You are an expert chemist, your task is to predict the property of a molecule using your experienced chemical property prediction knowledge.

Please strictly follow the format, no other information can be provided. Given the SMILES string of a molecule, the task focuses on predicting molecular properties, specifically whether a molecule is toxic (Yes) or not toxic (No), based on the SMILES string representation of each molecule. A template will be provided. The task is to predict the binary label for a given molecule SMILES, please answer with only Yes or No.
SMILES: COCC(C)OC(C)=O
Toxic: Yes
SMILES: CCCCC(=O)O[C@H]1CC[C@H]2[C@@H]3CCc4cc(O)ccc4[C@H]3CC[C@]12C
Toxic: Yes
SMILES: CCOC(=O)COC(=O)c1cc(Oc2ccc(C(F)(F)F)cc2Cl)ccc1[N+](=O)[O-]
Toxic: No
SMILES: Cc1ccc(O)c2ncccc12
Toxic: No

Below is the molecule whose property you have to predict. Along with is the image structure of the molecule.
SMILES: CCCCCCCCCCCCCCCC(=O)NCCO
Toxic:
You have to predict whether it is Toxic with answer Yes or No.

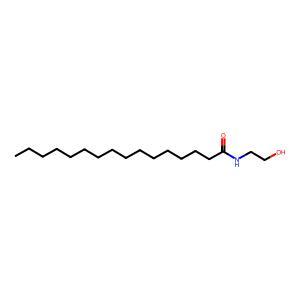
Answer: No